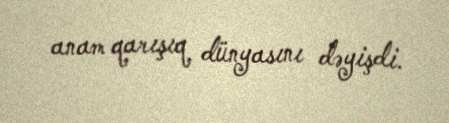
anam qarışıq dünyasını dəyişdi.